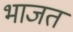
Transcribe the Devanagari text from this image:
भाजत